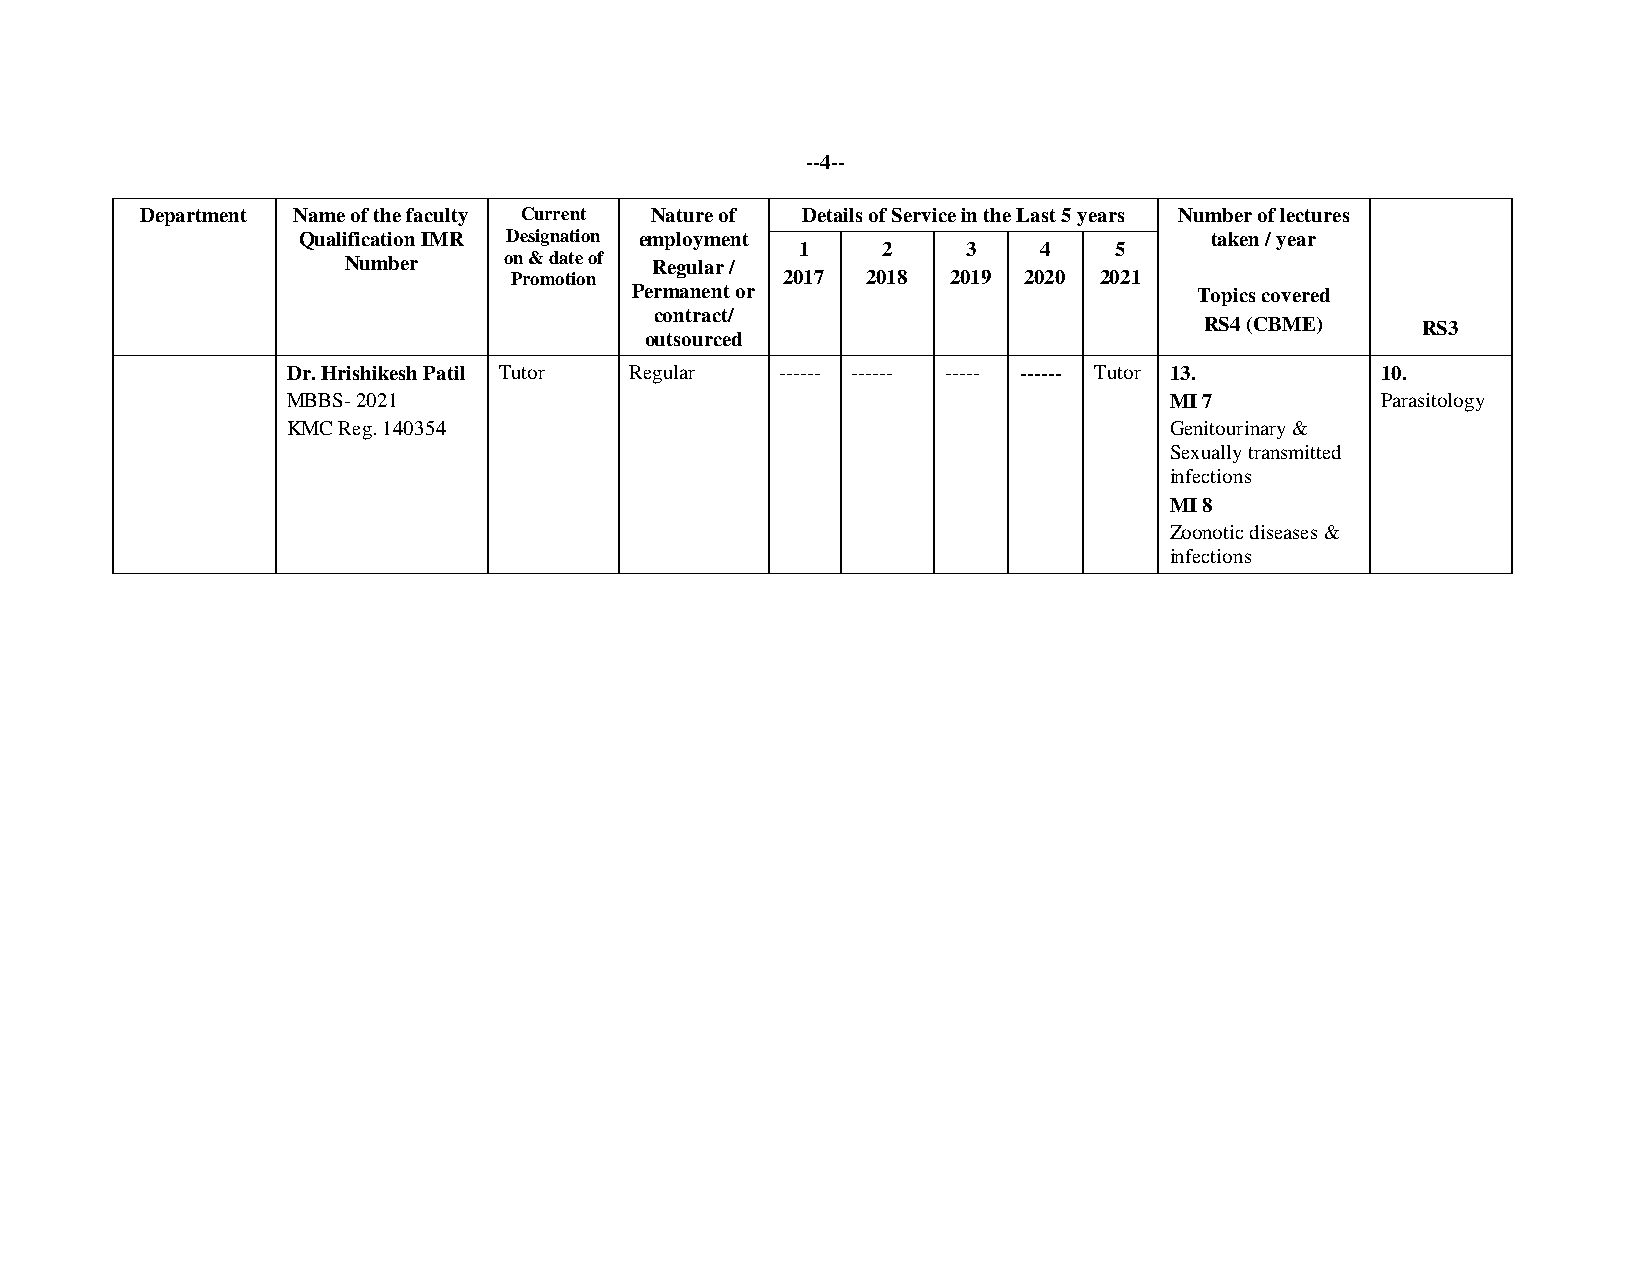
--4--
 Department Name of the faculty Current Nature of Details of Service in the Last 5 years Number of lectures
 Qualification IMR Designation employment
 1    2     3    4    5
 taken / year
 Number    o Pn
 r
 &
 om
 d oa tt ie
 o
 no f Regular /
 2017 2018  2019 2020 2021
 Permanent or                         Topics covered
 contract/
 RS4 (CBME)    RS3
 outsourced
 Dr. Hrishikesh Patil Tutor Regular ------ ------ ----- ------ Tutor 13. 10.
 MBBS- 2021                                                MI 7          Parasitology
 KMC Reg. 140354                                           Genitourinary &
 Sexually transmitted
 infections
 MI 8
 Zoonotic diseases &
 infections